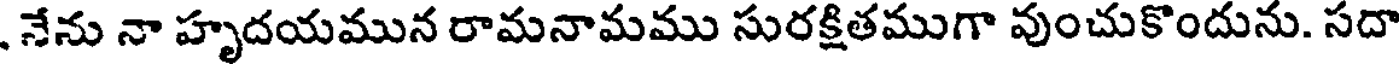
నేను నా హృదయమున రామనామము సురక్షితముగా వుంచుకొందును. సదా